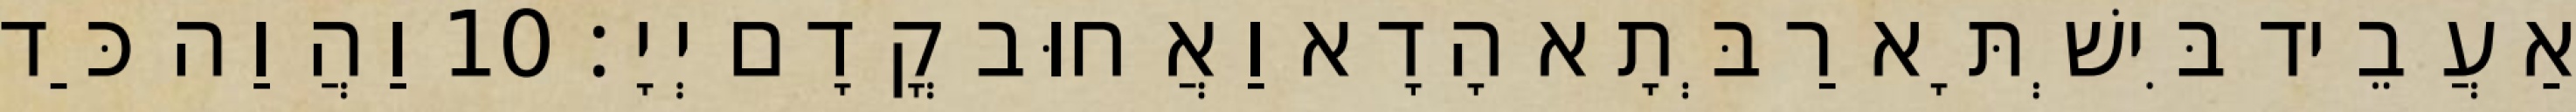
אַעֲבֵיד בִּישְׁתָּא רַבְּתָא הָדָא וַאֲחוּב קֳדָם יְיָ׃ 10 וַהֲוַה כַּד